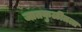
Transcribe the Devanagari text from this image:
जातकुळीतला